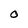
Character: 0